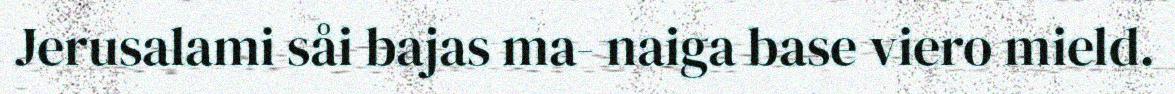
Jerusalami såi bajas ma- naiga base viero mield.